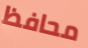
محافظ